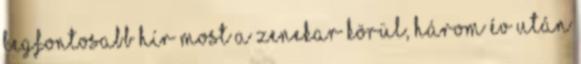
legfontosabb hír most a zenekar körül, három év után